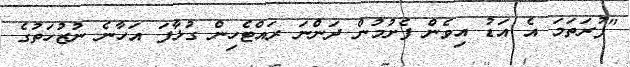
"ފުރަތަމަ އެ އަޑު އިވެން ފެށުމުން ދަންނަ ރައްޓެހިން ގުޅާފަ އަހާނެ ނުޒުހަތުގެ